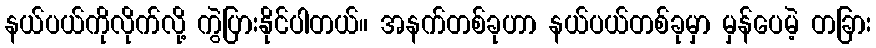
နယ်ပယ်ကိုလိုက်လို့ ကွဲပြားနိုင်ပါတယ်။ အနက်တစ်ခုဟာ နယ်ပယ်တစ်ခုမှာ မှန်ပေမဲ့ တခြား